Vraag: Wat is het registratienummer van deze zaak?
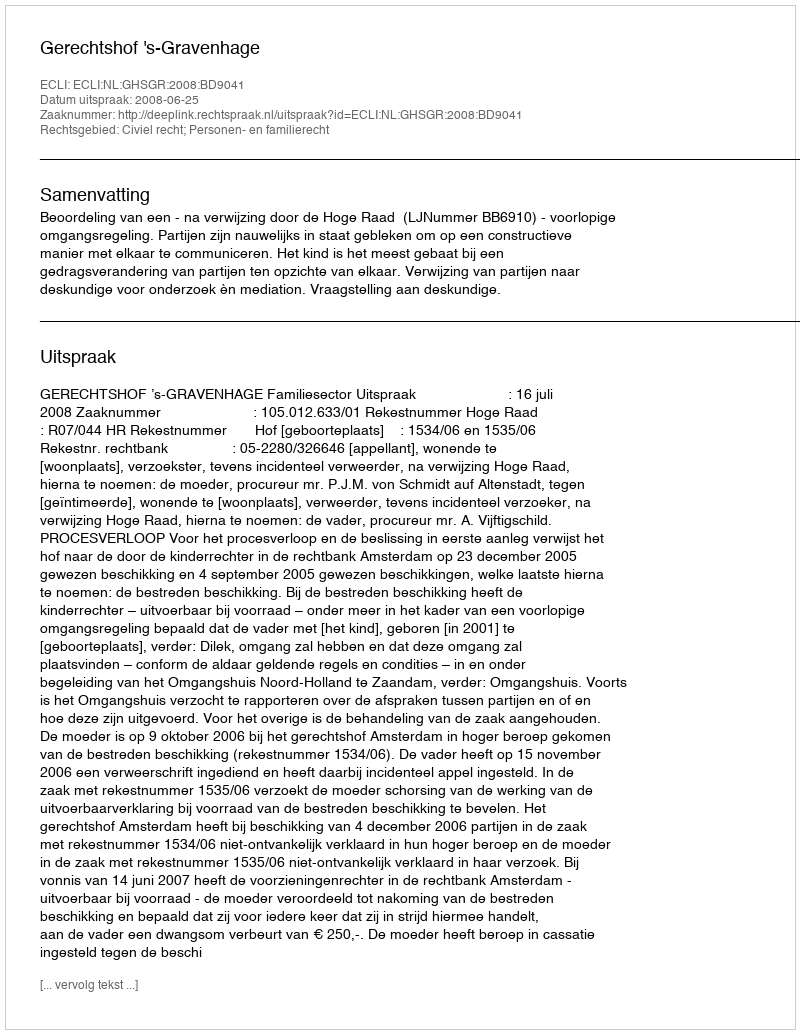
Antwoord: http://deeplink.rechtspraak.nl/uitspraak?id=ECLI:NL:GHSGR:2008:BD9041